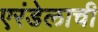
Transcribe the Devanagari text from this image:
एरंडेलाची